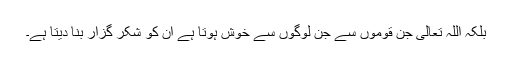
بلکہ اللہ تعالیٰ جن قوموں سے جن لوگوں سے خوش ہوتا ہے ان کو شکر گزار بنا دیتا ہے۔